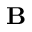
\mathbf { B }